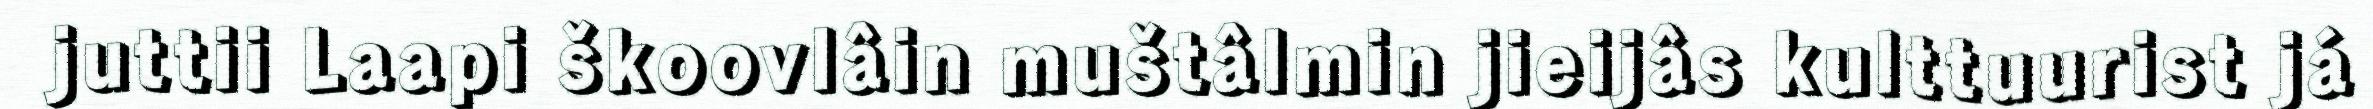
juttii Laapi škoovlâin muštâlmin jieijâs kulttuurist já